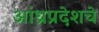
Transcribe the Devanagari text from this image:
आंध्रप्रदेशचे